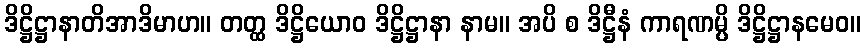
ဒိဋ္ဌိဋ္ဌာနာတိအာဒိမာဟ။ တတ္ထ ဒိဋ္ဌိယောဝ ဒိဋ္ဌိဋ္ဌာနာ နာမ။ အပိ စ ဒိဋ္ဌီနံ ကာရဏမ္ပိ ဒိဋ္ဌိဋ္ဌာနမေဝ။